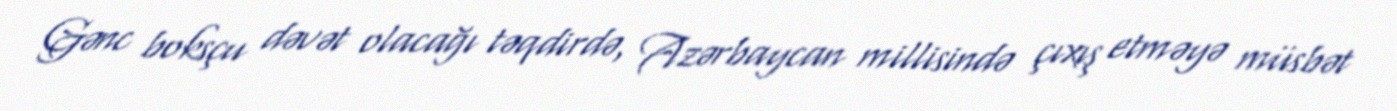
Gənc boksçu dəvət olacağı təqdirdə, Azərbaycan millisində çıxış etməyə müsbət